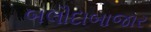
બલૌદાબાજાર